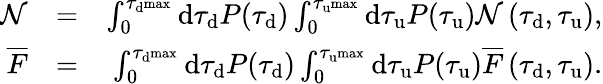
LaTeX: \begin{array}{rlr}{\mathcal{N}}&{=}&{\int_{0}^{\tau_{\mathrm{d}^{\mathrm{max}}}}\mathrm{d}\tau_{\mathrm{d}}P(\tau_{\mathrm{d}})\int_{0}^{\tau_{\mathrm{u}^{\mathrm{max}}}}\mathrm{d}\tau_{\mathrm{u}}P(\tau_{\mathrm{u}})\mathcal{N}\left(\tau_{\mathrm{d}},\tau_{\mathrm{u}}\right),}\\ {\overline{{F}}}&{=}&{\int_{0}^{\tau_{\mathrm{d}^{\mathrm{max}}}}\mathrm{d}\tau_{\mathrm{d}}P(\tau_{\mathrm{d}})\int_{0}^{\tau_{\mathrm{u}^{\mathrm{max}}}}\mathrm{d}\tau_{\mathrm{u}}P(\tau_{\mathrm{u}})\overline{{F}}\left(\tau_{\mathrm{d}},\tau_{\mathrm{u}}\right).}\end{array}